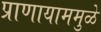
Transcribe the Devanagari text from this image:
प्राणायाममुळे